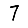
Digit: 7